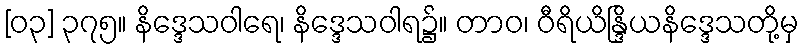
[၀၃] ၃၇၅။ နိဒ္ဒေသဝါရေ၊ နိဒ္ဒေသဝါရ၌။ တာဝ၊ ဝီရိယိန္ဒြိယနိဒ္ဒေသတို့မှ